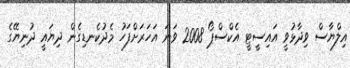
އިލްޔާސް ވިދާޅުވީ އައިސީޓީ އެކްސްޕޯ 2008 ވަނަ އަހަރަށްފަހު މެދުކެނޑިގެން ދިޔައީ ދުނިޔޭގެ